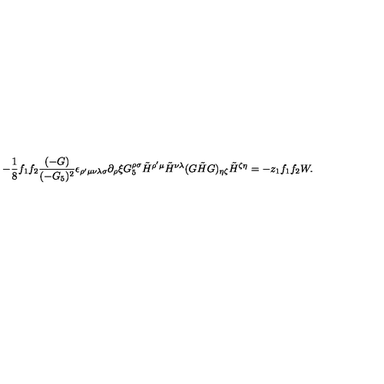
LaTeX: - { \frac { 1 } { 8 } } f _ { 1 } f _ { 2 } { \frac { ( - G ) } { ( - G _ { 5 } ) ^ { 2 } } } \epsilon _ { \rho ^ { \prime } \mu \nu \lambda \sigma } \partial _ { \rho } \xi G _ { 5 } ^ { \rho \sigma } \tilde { H } ^ { \rho ^ { \prime } \mu } \tilde { H } ^ { \nu \lambda } ( G \tilde { H } G ) _ { \eta \zeta } \tilde { H } ^ { \zeta \eta } = - z _ { 1 } f _ { 1 } f _ { 2 } W .